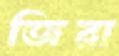
জিরা